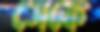
সেকে